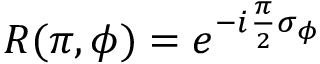
R ( \pi , \phi ) = e ^ { - i \frac { \pi } { 2 } \sigma _ { \phi } }